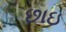
છાઇ